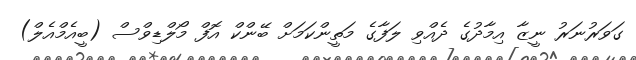
ގަވަރުނަރު ނީޒާ އިމާދުގެ ދެއްވި ލަފާގެ މަތީންކަމަށް ބޭންކް އޮފް މޯލްޑިވްސް (ބީއެމްއެލް)